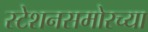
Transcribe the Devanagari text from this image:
स्टेशनसमोरच्या